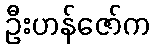
ဦးဟန်ဇော်က